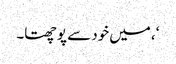
‘، میں خود سے پوچھتا۔